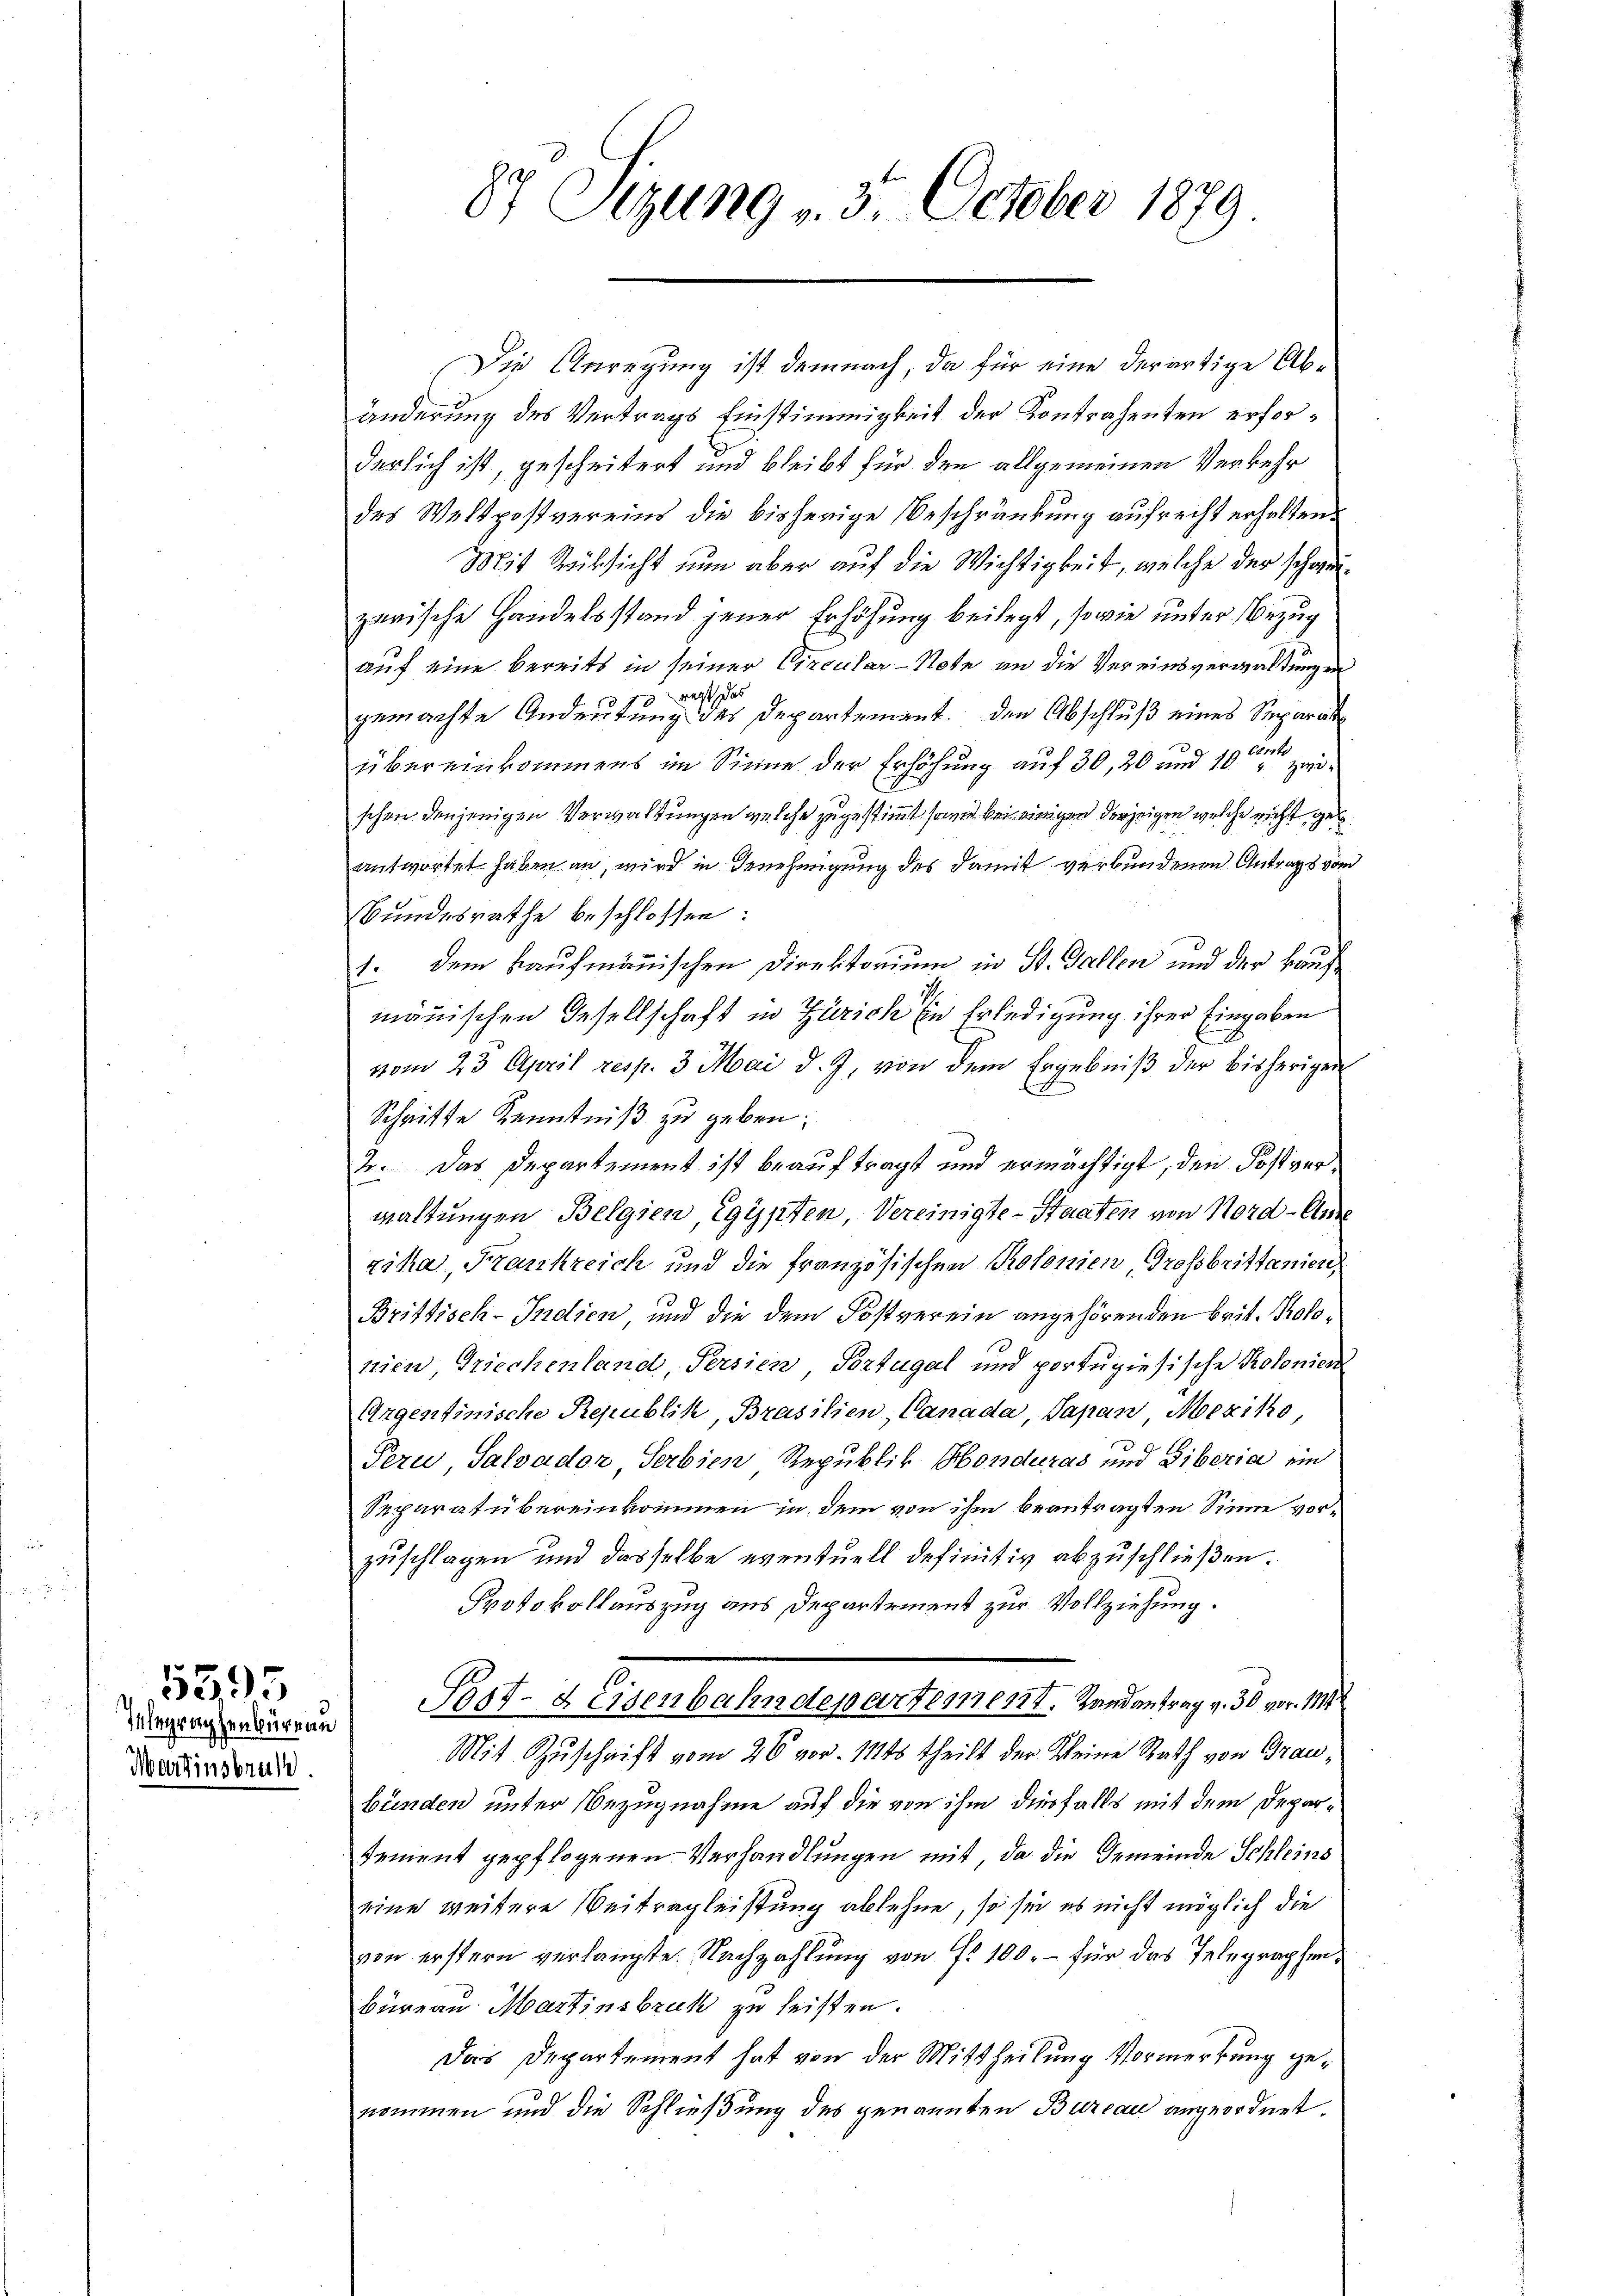
Martinsbruche

5595
Inbegraphenbüreau

87 Sizung v. 3. October 1879

Die Anregung ist demnach, da für eine derartige Abänderung des Vertrags Einstimmigkeit der Kontrahenten erforderlich ist, gescheitert und bleibt für den allgemeinen Verkehr
des Waltpostvereins die bisherige Beschränkung aufrecht erhalten.
Mit Rüksicht nun aber auf die Wichtigkeit, welche der schweizerische Handelsstand jener Erhöhung beilegt, sowie unter Bezug
auf eine bereits in seiner Circular-Note an die Vereinsverwaltungen
gemachte Andeutung des Departement den Abschluß eines Separat
übereinkommens im Sinne der Erhöhung auf 30, 20 und 10ten zu
schen denjenigen Verwaltungen welche zugestimmt sowie bei einigen derzeigen welche richt ges
antwortet haben an, wird in Genehmigung des damit verbundenen Antrags vom
Bundesrathe beschlossen:
1. dem kaufmännischen Direktorium in St. Gallen und der kaufmänischen Gesellschaft in Zürich Ein Erledigung ihrer Eingaben
vom 23. April resp. 3 Mai d. J. von dem Ergebniβ der bisherigen
Schritte Kenntniß zu geben;
2. Das Departement ist beauftragt und ermächtigt, den Postverwaltungen Belgien, Egypten, Vereinigte Staaten von Nord-Ame
rika, Frankreich und die französischen Prolonien, Grossbrittanien,
Brittisch-Indien, und die dem Postverein angehörenden Brit. Protonien Griechenland, Persien, Portugal und portugiesische Prolonien
Argentinische Republik, Brasilien, Canada, Sapan Mexiko
Peru Salvador Serbien Republik Honderas und Giberia ein
Separat übereinkommen in dem von ihm beantragten Sinne vorzuschlagen und dasselbe eventuell definitiv abzuschließen.
Protokollauszug aus Departement zur Vollziehung.
Post- & Eisenbahndepartement. Landantrag v. 30 vor 111
Mit Zuschrift vom 26 vor. 1145 theilt der Kleine Rath von Graubünden unter Bezugnahme auf die von ihm diesfalls mit dem Depardement gepflogenen Verhandlungen mit, da die Gemeinde Schleins
eine weitere Beitrag leistung ablehne, so sie es nicht möglich die
von erstern verlangte Nachzahlung von Fr. 100.- für das Telegraphen¬
Büreau Martinsbruk zu leisten.
Das Departement hat von der Mittheilung Vormerkung genommen und die Schließung des genannten Bureau angeordnet.